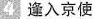
4 逢入京使